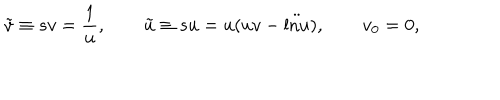
LaTeX: \tilde { v } \equiv s v = \frac { 1 } { u } , \qquad \tilde { u } \equiv s u = u ( u v - \ddot { \mathrm { l n } u } ) , \qquad v _ { 0 } = 0 ,